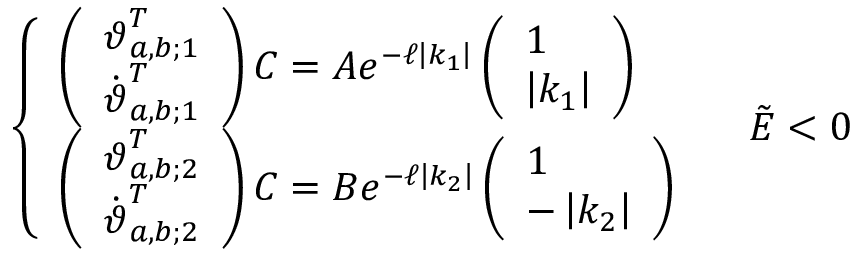
\left\{ \begin{array} { l l } { \left( \begin{array} { l } { \boldsymbol { \vartheta } _ { a , b ; 1 } ^ { T } } \\ { \dot { \boldsymbol { \vartheta } } _ { a , b ; 1 } ^ { T } } \end{array} \right) \boldsymbol { C } = A e ^ { - \ell \left| k _ { 1 } \right| } \left( \begin{array} { l } { 1 } \\ { \left| k _ { 1 } \right| } \end{array} \right) } \\ { \left( \begin{array} { l } { \boldsymbol { \vartheta } _ { a , b ; 2 } ^ { T } } \\ { \dot { \boldsymbol { \vartheta } } _ { a , b ; 2 } ^ { T } } \end{array} \right) \boldsymbol { C } = B e ^ { - \ell \left| k _ { 2 } \right| } \left( \begin{array} { l } { 1 } \\ { - \left| k _ { 2 } \right| } \end{array} \right) } \end{array} \right. \quad \tilde { E } < 0